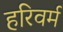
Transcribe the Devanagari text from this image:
हरिवर्म